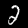
Digit: 2